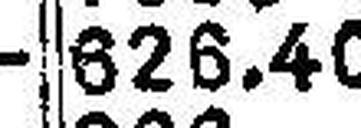
626.40